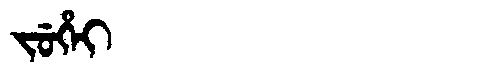
Manchu: ᠵᡠᡥᡝᡳ
Romanization: JUHEI